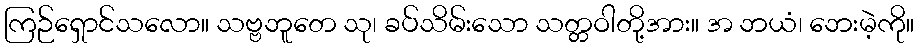
ကြဉ်ရှောင်သလော။ သဗ္ဗဘူတေ သု၊ ခပ်သိမ်းသော သတ္တဝါတို့အား။ အ ဘယံ၊ ဘေးမဲ့ကို။